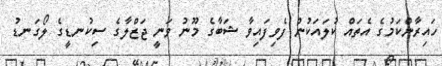
ހައިރާންކަމުގެ އެތައް ކުލައަކުން ފެވިފައިވާ ޝަބާގެ މޫނު ވަނީ ޖަޒްލާގެ ސިކުނޑީގެ ލޯގަނޑު